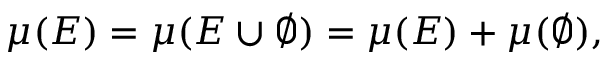
\mu ( E ) = \mu ( E \cup \varnothing ) = \mu ( E ) + \mu ( \varnothing ) ,